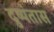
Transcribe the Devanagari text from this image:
दुष्यंतास